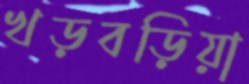
খড়বড়িয়া